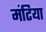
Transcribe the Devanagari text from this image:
मंटिया